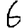
Digit: 6